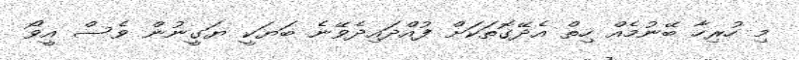
މި ހުރިހާ ބޭނުމެއް ހިތް އެދޭގޮތަކަށް ފުއްދައިދެވޭނެ ބަޔަކީ ޔަގީނުން ވެސް އީވޯ